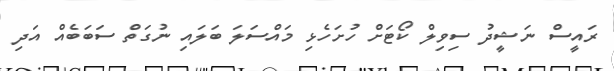
ރައީސް ނަޝީދު ސިވިލް ކޯޓަށް ހުށަހެޅި މައްސަލަ ބަލައި ނުގަތް ސަބަބެއް އަދި